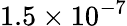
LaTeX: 1.5\times 10^{-7}